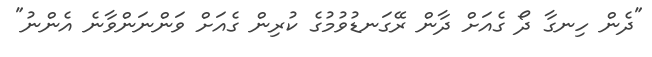
"ދެން ހިނގާ ދޯ ގެއަށް ދާން ރޭގަނޑުވުމުގެ ކުރިން ގެއަށް ވަންނަންވާނެ އެންނު"